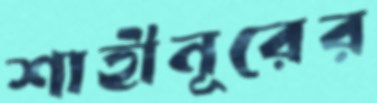
শাহীনূরের